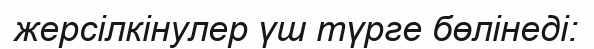
жерсілкінулер үш түрге бөлінеді: